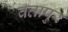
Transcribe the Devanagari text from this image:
वतापुर